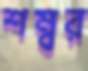
শম্বর